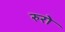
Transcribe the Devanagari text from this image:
रुरो